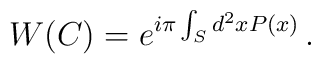
W(C)=e^{i\pi \int_{S}d^{2}xP(x)}\,.